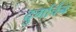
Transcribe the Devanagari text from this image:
दुर्गार्चन